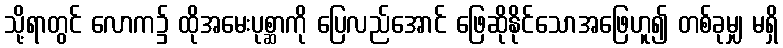
သို့ရာတွင် လောက၌ ထိုအမေးပုစ္ဆာကို ပြေလည်အောင် ဖြေဆိုနိုင်သောအဖြေဟူ၍ တစ်ခုမျှ မရှိ